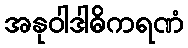
အနုဝါဒါဓိကရဏံ